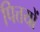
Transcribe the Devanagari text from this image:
पित्तयों